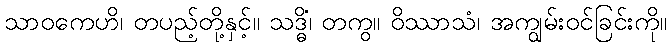
သာဝကေဟိ၊ တပည့်တို့နှင့်။ သဒ္ဓိံ၊ တကွ။ ဝိဿာသံ၊ အကျွမ်းဝင်ခြင်းကို။